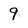
Character: 9